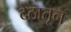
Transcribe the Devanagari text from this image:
देठातून